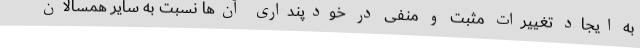
به ایجاد تغییرات مثبت و منفی در خودپنداری آن‌ها نسبت به سایر همسالان